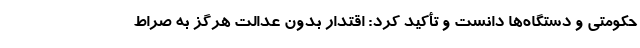
حکومتی و دستگاه‌ها دانست و تأکید کرد: اقتدار بدون عدالت هرگز به صراط